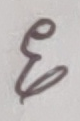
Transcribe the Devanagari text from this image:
३